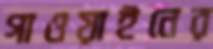
গাওয়াইনের